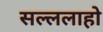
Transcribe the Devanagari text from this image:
सल्ललाहो